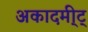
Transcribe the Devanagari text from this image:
अकादमी्ट्